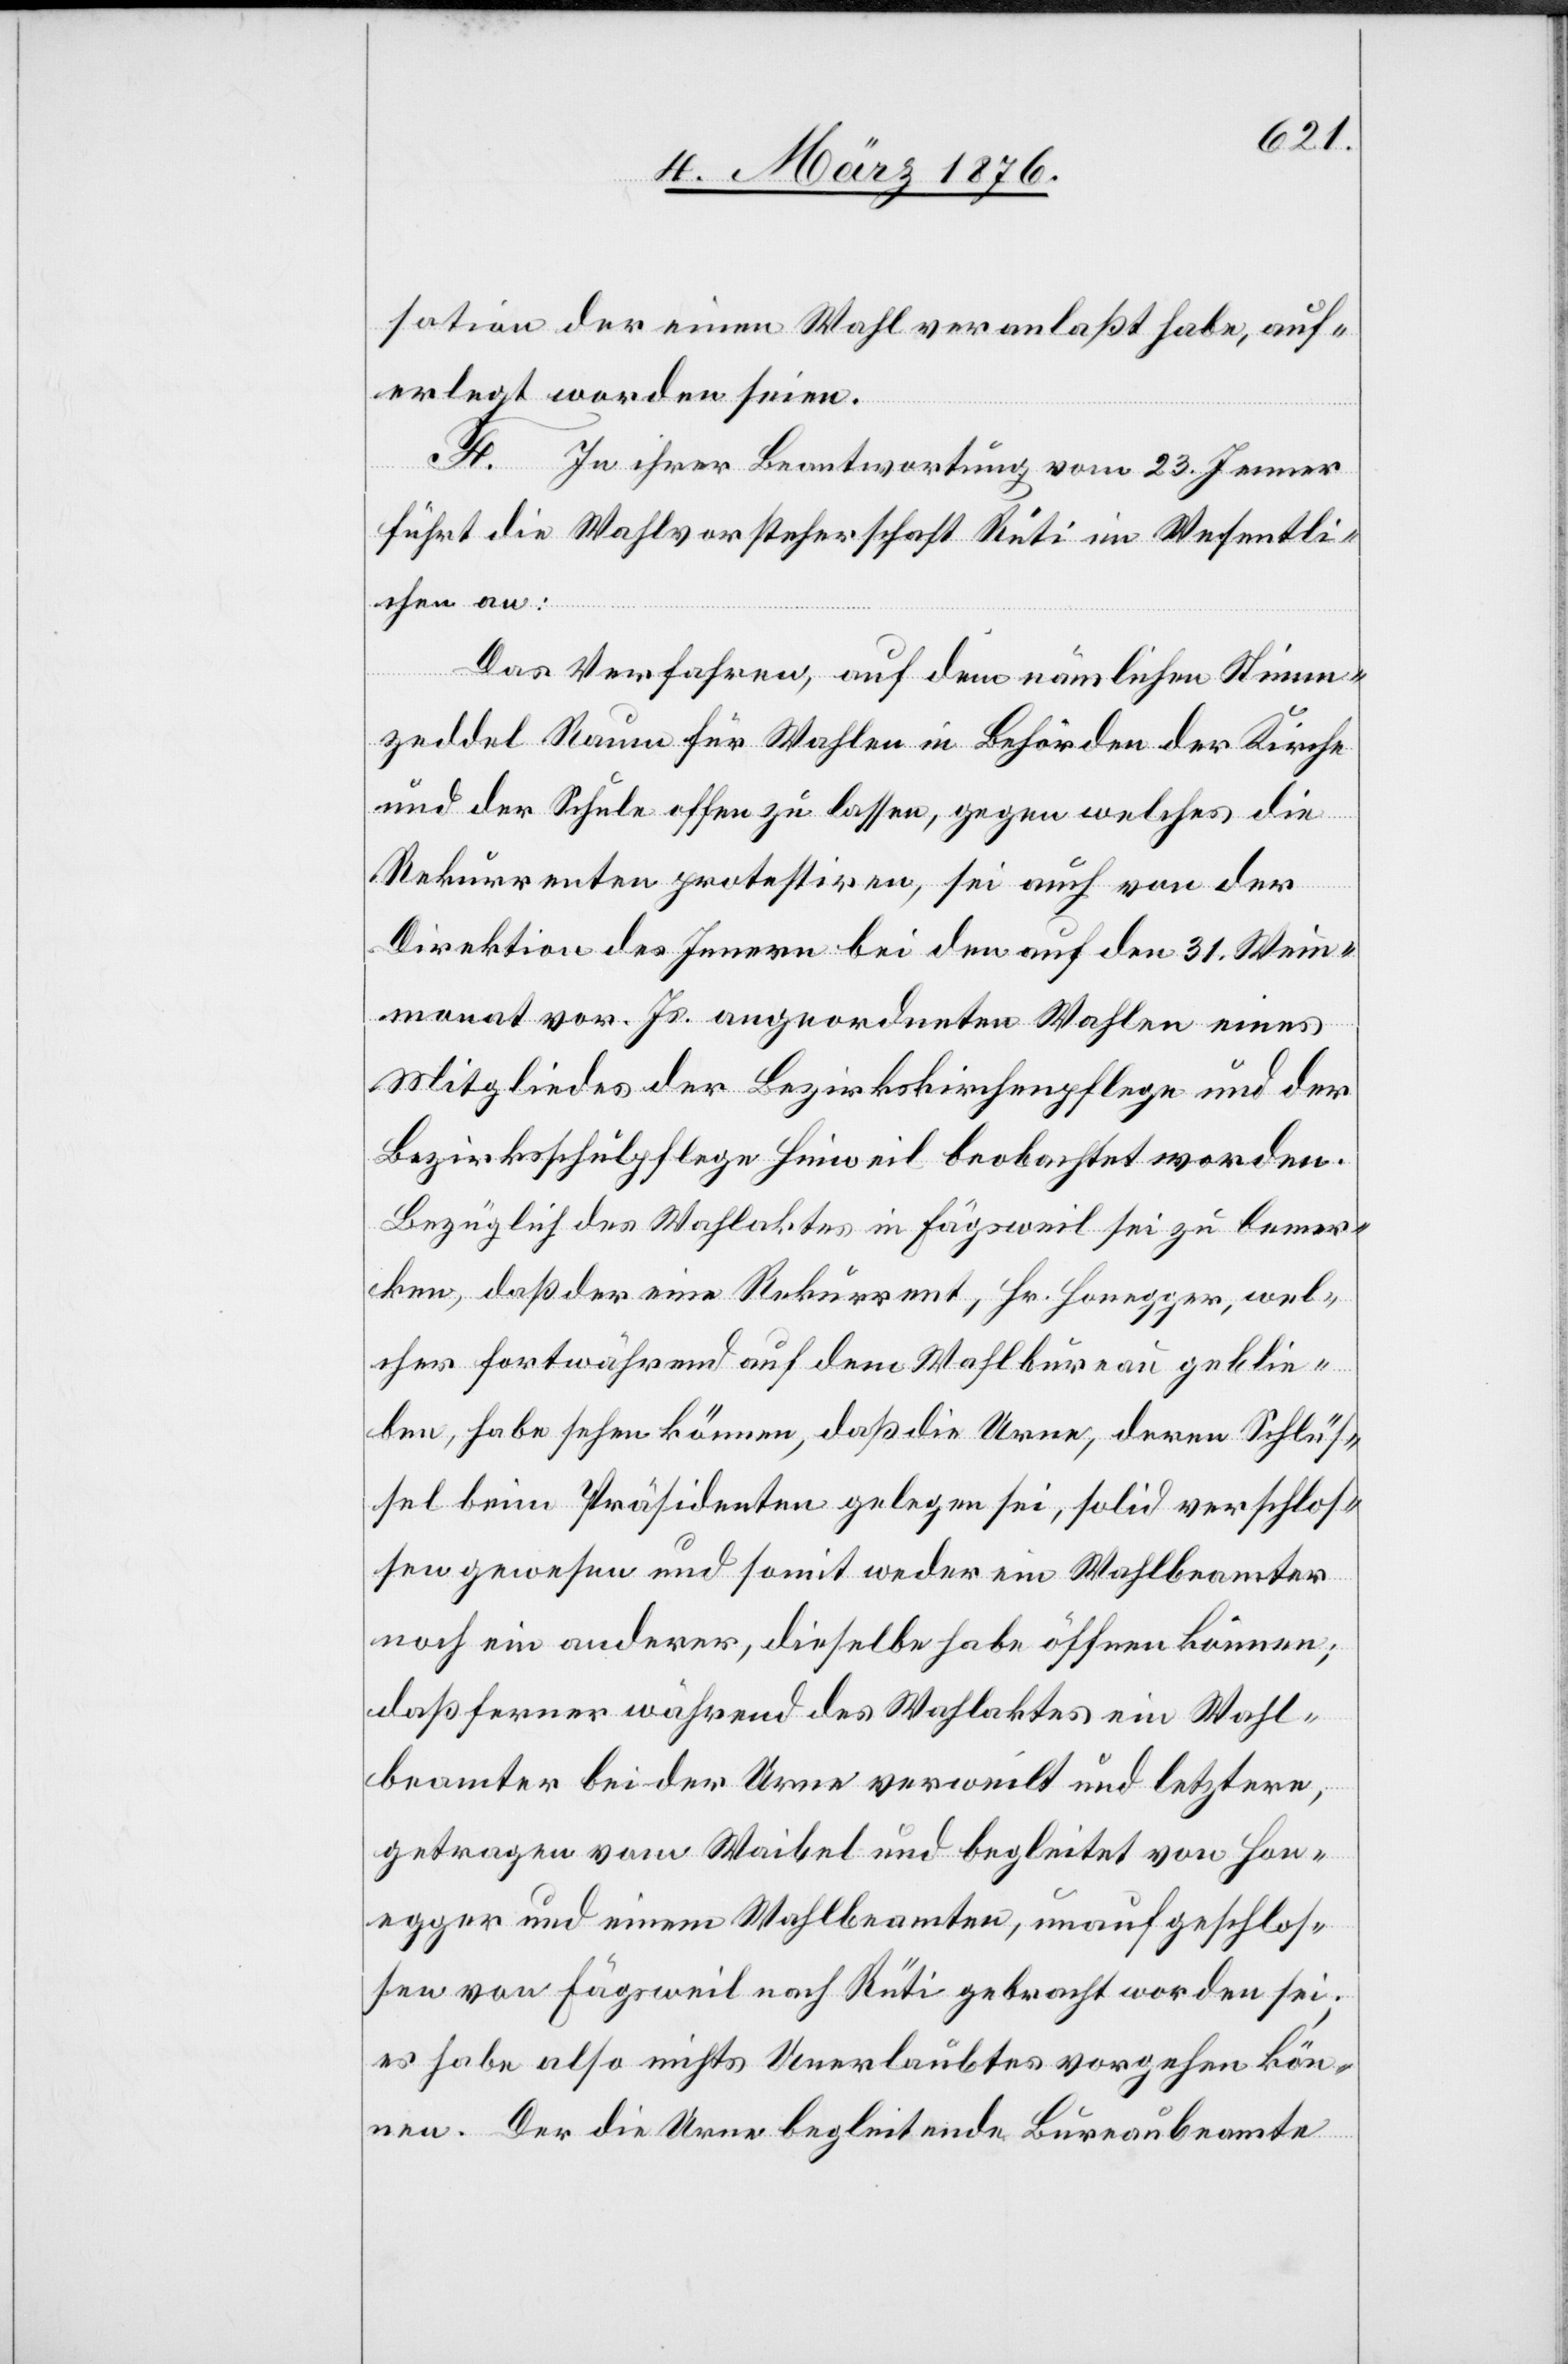
sation der einen Wahl veranlaßt habe, auf¬
erlegt worden seien.
F. In ihrer Beantwortung vom 23. Jenner
führt die Wahlvorsteherschaft Rüti im Wesentli¬
chen an:
Das Verfahren, auf den nämlichen Stimm¬
zeddel Raum für Wahlen in Behörden der Kirche
und der Schule offen zu lassen, gegen welches die
Rekurrenten protestiren, sei auch von der
Direktion des Innern bei den auf den 31. Wein¬
monat vor. Js. angeordneten Wahlen eines
Mitgliedes der Bezirkskirchenpflege und der
Bezirksschulpflege Hinweil beobachtet worden.
Bezüglich des Wahlaktes in Fägsweil sei zu bemer¬
ken, daß der eine Rekurrent, Hr. Honegger, wel¬
cher fortwährend auf dem Wahlbureau geblie¬
ben, habe sehen können, daß die Urne, deren Schlüs¬
sel beim Präsidenten gelegen sei, solid verschlos¬
sen gewesen und somit weder ein Wahlbeamter
noch ein anderer, dieselbe habe öffnen können;
daß ferner während des Wahlaktes ein Wahl¬
beamter bei der Urne verweilt und letztere,
getragen vom Waibel und begleitet von Hon¬
egger und einem Wahlbeamten, unaufgeschlos¬
sen von Fägsweil nach Rüti gebracht worden sei;
es habe also nichts Unerlaubtes vorgehen kön¬
nen. Der die Urne begleitende Bureaubeamte